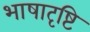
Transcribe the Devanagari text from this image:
भाषादृष्टि